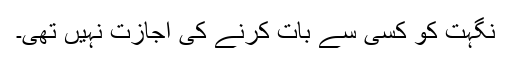
نگہت کو کسی سے بات کرنے کی اجازت نہیں تھی۔